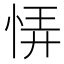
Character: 𢙱